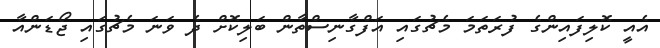
އެއީ ކޮލިފައިންގެ ފުރަތަމަ މެޗުގައި އަފްގާނިސްތާން ބަލިކޮށް ދެ ވަނަ މެޗުގައި ޖޯޑަންއާ